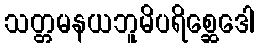
သတ္တမနယဘူမိပရိစ္ဆေဒေါ